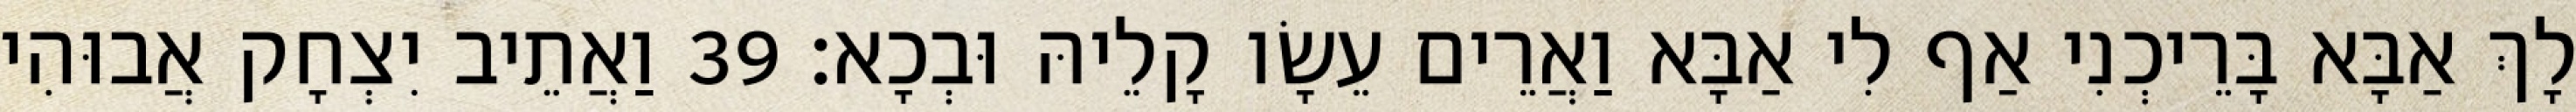
לָךְ אַבָּא בָּרֵיכְנִי אַף לִי אַבָּא וַאֲרֵים עֵשָׂו קָלֵיהּ וּבְכָא׃ 39 וַאֲתֵיב יִצְחָק אֲבוּהִי